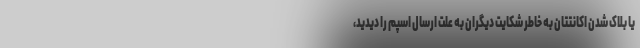
یا بلاک شدن اکانتتان به خاطر شکایت دیگران به علت ارسال اسپم را دیدید،